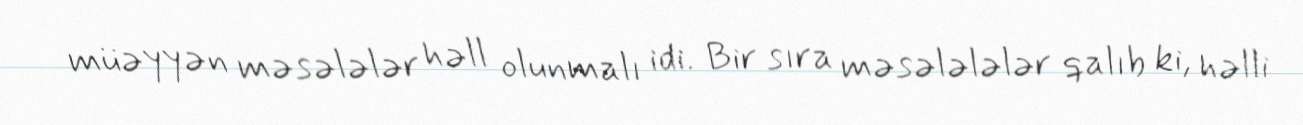
müəyyən məsələlər həll olunmalı idi. Bir sıra məsələlələr qalıb ki, həlli